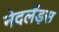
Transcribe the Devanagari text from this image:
नेदलँड्स